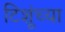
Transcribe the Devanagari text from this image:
टिशूंच्या